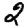
Digit: 2